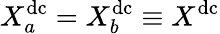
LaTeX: X_{a}^{\mathrm{dc}}=X_{b}^{\mathrm{dc}}\equiv X^{\mathrm{dc}}